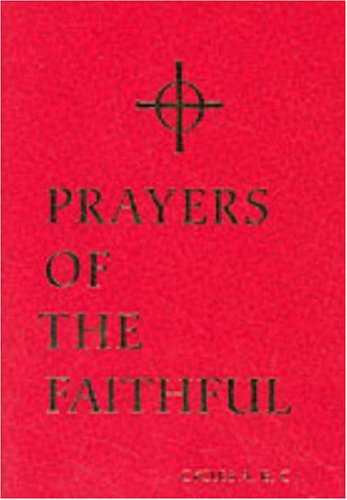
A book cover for Prayers of the Faithful: Cycles A B and C; Liturgical Press; Religion & Spirituality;